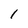
Character: 1